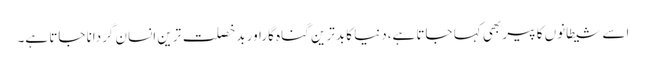
اسے شیطانوں کا پیر بھی کہا جاتا ہے،دنیا کا بدترین گناہ گاراور بدخصلت ترین انسان گردانا جاتا ہے۔